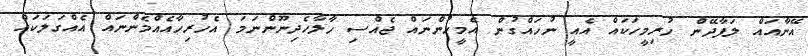
އޭނާއައް ލަފާދޭން ހުރިމީހަކައް އެއީ ނުހައްގުން އެމީހުންނައް ޖެއްސި ހާލާހެދިނޫންނަމަ އެހުރިހާއެއްމެންނައް އެއްގަލަކައް